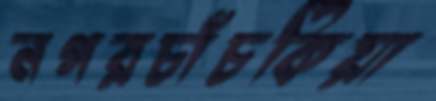
নগরচাঁচকিয়া